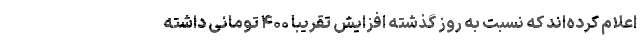
اعلام کرده‌اند که نسبت به روز گذشته افزایش تقریبا ۴۰۰ تومانی داشته